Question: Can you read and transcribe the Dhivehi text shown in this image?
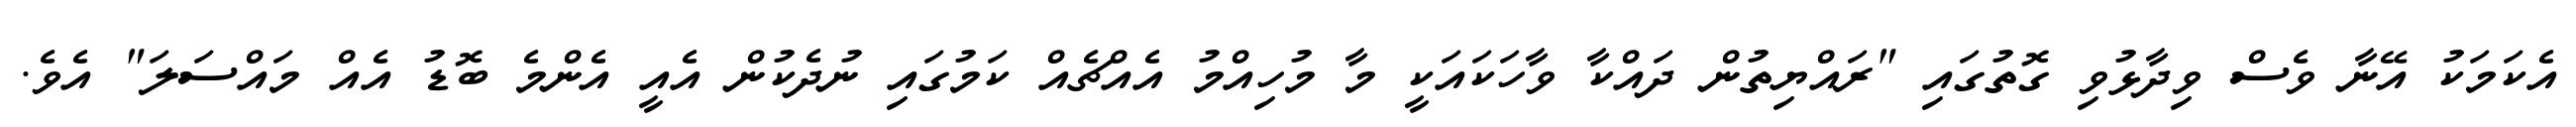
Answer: އެކަމަކު އޭނާ ވެސް ވިދާޅުވި ގޮތުގައި "ރައްޔިތުން ދައްކާ ވާހަކައަކީ މާ މުހިއްމު އެއްޗެއް ކަމުގައި ނުދެކުން އެއީ އެންމެ ބޮޑު އެއް މައްސަލަ" އެވެ.